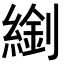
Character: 𦄈